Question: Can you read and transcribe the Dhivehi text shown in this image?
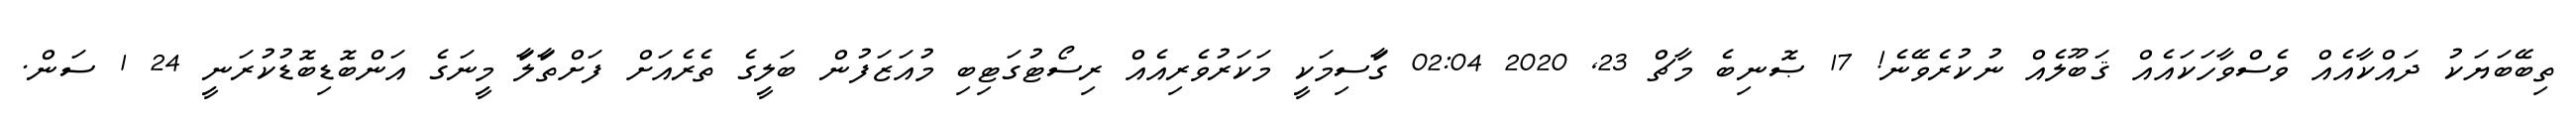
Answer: ތިބޭބަޔަކު ދައްކާއެއް ވެސްވާހަކައެއް ޤަބޫލެއް ނުކުރެވޭނެ! 17 ޞޮނިބެ މާޗް 23, 2020 02:04 ގަާސިމަކިީ މަކަރުވެރިއެއް ރިސޯޓުގަޓިބި މުއަޒަފުން ބަލިީގެ ތެރެއަށް ފަށްތަާލަާ މިީނަގެ އަންބޮޑިބޮޑުކުރަނިީ 24 1 ސަން.